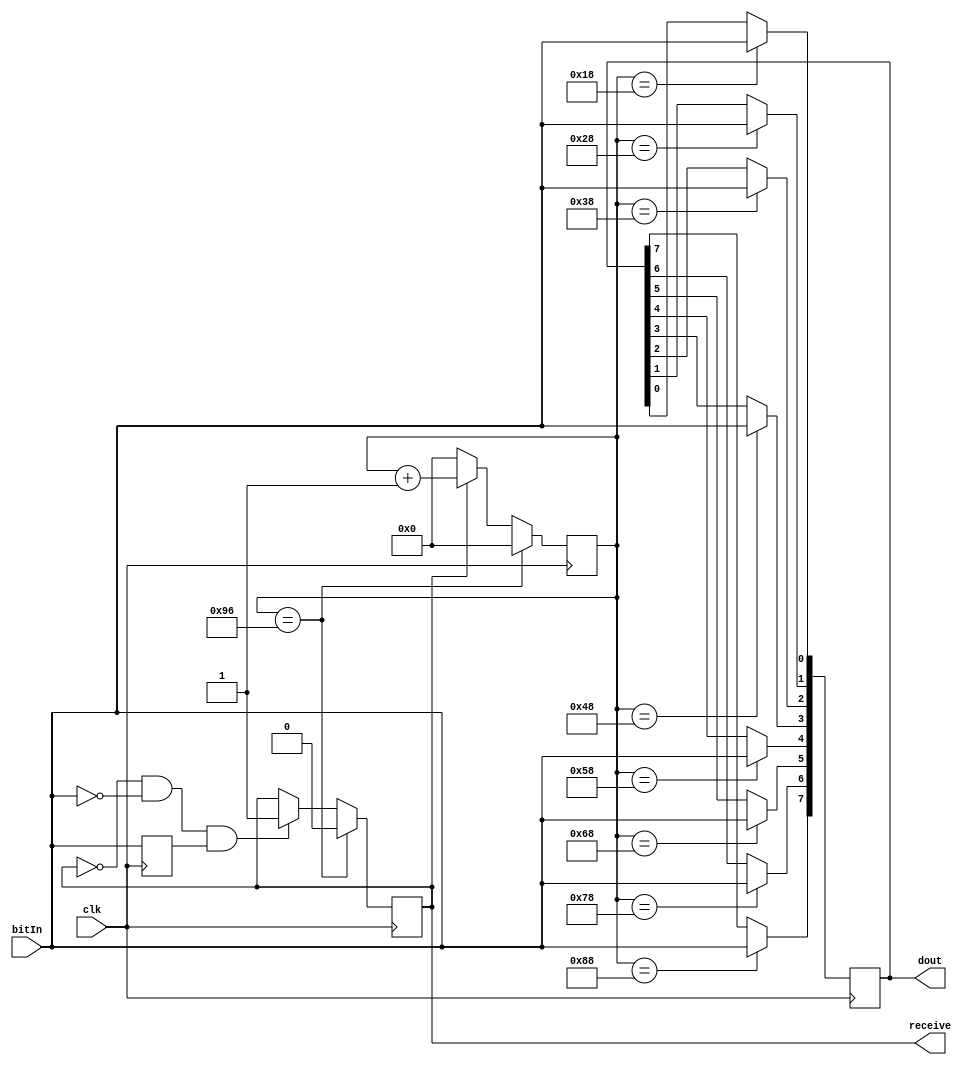
`timescale 1ns / 1ps
//////////////////////////////////////////////////////////////////////////////////
// Company: 
// Engineer: 
// 
// Design Name: 
// Module Name: uartRx
// Project Name: 
// Target Devices: 
// Tool Versions: 
// Description: 
// 
// Dependencies: 
// 
// Revision:
// Revision 0.01 - File Created
// Additional Comments:
// 
//////////////////////////////////////////////////////////////////////////////////


module uartRx(
        output reg [7:0] dout,
        output reg receive,
        input clk,
        input bitIn
    );
    reg lastbit;
    reg [7:0] counter;
    initial
        lastbit = 1;
    always@(posedge clk) begin
        if (!receive & !bitIn & lastbit) begin
            counter <= 0;
            receive <= 1;
        end
        counter <= (receive) ? counter + 1 : 0;
        lastbit <= bitIn;
        case(counter)
           8'd24 : dout[0] <= bitIn;
           8'd40 : dout[1] <= bitIn;
           8'd56 : dout[2] <= bitIn;
           8'd72 : dout[3] <= bitIn;
           8'd88 : dout[4] <= bitIn;
           8'd104 : dout[5] <= bitIn;
           8'd120 : dout[6] <= bitIn;
           8'd136 : dout[7] <= bitIn;
           8'd150 : begin receive <= 0; counter <= 0; end
        
        endcase
        
    
    end
    
    
    
endmodule